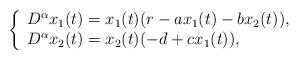
LaTeX: \begin{align*}\left\{\begin{array}{ll} D^{\alpha}x_1(t)=x_1(t)(r-ax_1(t)-bx_2(t)), \\ D^{\alpha}x_2(t)=x_2(t)(-d+cx_1(t)), \\\end{array}\right.\end{align*}